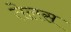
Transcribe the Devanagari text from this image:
तेलस